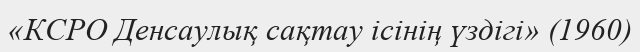
«КСРО Денсаулық сақтау ісінің үздігі» (1960)